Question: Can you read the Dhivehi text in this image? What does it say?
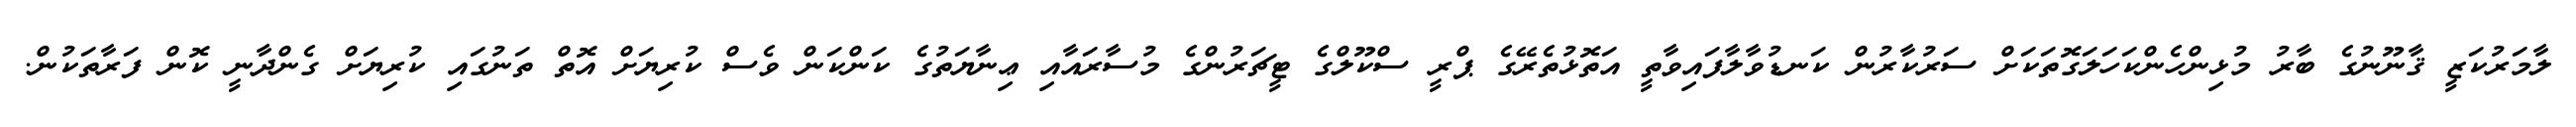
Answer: ލާމަރުކަޒީ ޤާނޫނުގެ ބާރު މުޅިންހެންކަހަލަގޮތަކަށް ސަރުކާރުން ކަނޑުވާލާފައިވާތީ އަތޮޅުތެރޭގެ ޕްރީ ސްކޫލްގެ ޓީޗަރުންގެ މުސާރައާއި ޢިނާޔަތުގެ ކަންކަން ވެސް ކުރިޔަށް އޮތް ތަނުގައި ކުރިޔަށް ގެންދާނީ ކޮން ފަރާތަކުން.